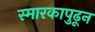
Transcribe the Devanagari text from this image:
स्मारकापुढून